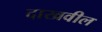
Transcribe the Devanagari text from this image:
दाखवील